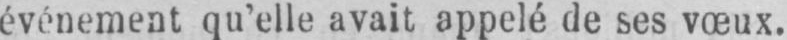
événement qu’elle avait appelé de ses vœux.